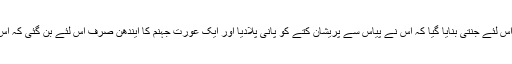
ایک حدیث کے مطابق ایک شخص کو صرف اس لئے جنتی بنایا گیا کہ اس نے پیاس سے پریشان کتے کو پانی پلادیا اور ایک عورت جہنم کا ایندھن صرف اس لئے بن گئی کہ اس نے بلی کو باندھ کر اس پر ظلم و زیادتی کی۔